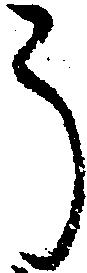
う